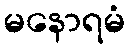
မနောရမံ